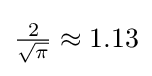
{\tfrac {2}{\sqrt {\pi }}}\approx 1.13